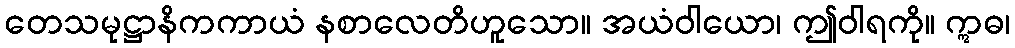
တေသမုဋ္ဌာနိကကာယံ နစာလေတိဟူသော။ အယံဝါယော၊ ဤဝါရကို။ ဣဓ၊